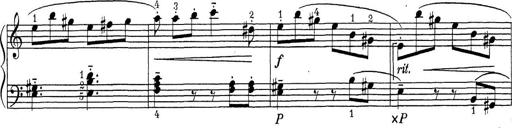
Title: ÄŒeskÃ© Sonatiny
Composer: Various